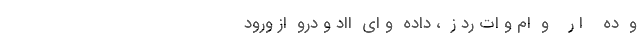
و  ده    ا ر    و  ام و ات رد ز  ، داده  و اي  ااد و درو  از ورود